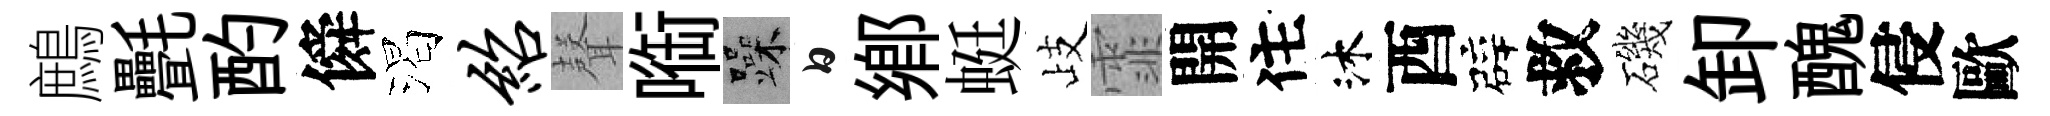
鷓㲲酌僢渴绍𮋻㗸躁白鄉蜓歧霏開住沐酉辟救磯卸醜侵歐